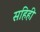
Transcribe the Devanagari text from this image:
सहिही